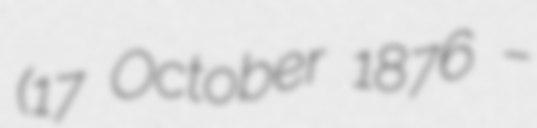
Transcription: (17 October 1876 –